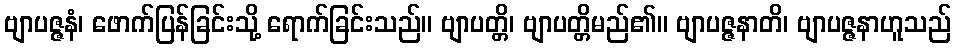
ဗျာပဇ္ဇနံ၊ ဖောက်ပြန်ခြင်းသို့ ရောက်ခြင်းသည်။ ဗျာပတ္တိ၊ ဗျာပတ္တိမည်၏။ ဗျာပဇ္ဇနာတိ၊ ဗျာပဇ္ဇနာဟူသည်